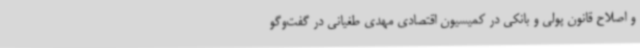
و اصلاح قانون پولی و بانکی در کمیسیون اقتصادی مهدی طغیانی در گفت‌وگو